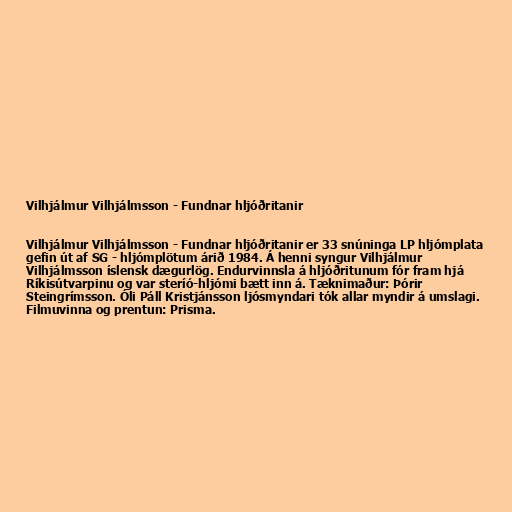
Vilhjálmur Vilhjálmsson - Fundnar hljóðritanir

Vilhjálmur Vilhjálmsson - Fundnar hljóðritanir er 33 snúninga LP hljómplata
gefin út af SG - hljómplötum árið 1984. Á henni syngur Vilhjálmur
Vilhjálmsson íslensk dægurlög. Endurvinnsla á hljóðritunum fór fram hjá
Ríkisútvarpinu og var steríó-hljómi bætt inn á. Tæknimaður: Þórir
Steingrímsson. Óli Páll Kristjánsson ljósmyndari tók allar myndir á umslagi.
Filmuvinna og prentun: Prisma.